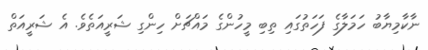
ނާކާމިޔާބު ހަމަލާގެ ފަހަތުގައި ތިބި މީހުންގެ މައްޗަށް ހިންގި ޝަރީއަތެވެ. އެ ޝަރީއަތް